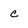
Character: c